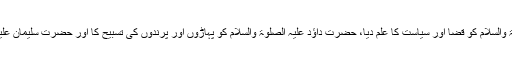
} یعنی ہم نے حضرت داؤد اور حضرت سلیمان عَلَیْہِمَا الصَّلٰوۃُ وَالسَّلَام کو قضا اور سیاست کا علم دیا، حضرت داؤد عَلَیْہِ الصَّلٰوۃُ وَالسَّلَام کو پہاڑوں اور پرندوں کی تسبیح کا اور حضرت سلیمان عَلَیْہِ الصَّلٰوۃُ وَالسَّلَام کو چوپایوں اور پرندوں کی بولی کا علم دیا۔